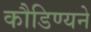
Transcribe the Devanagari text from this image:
कौडिण्यने